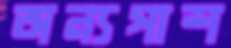
অন্যপাশ